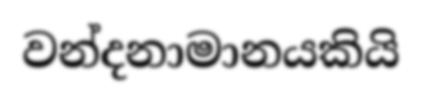
වන්දනාමානයකියි